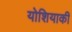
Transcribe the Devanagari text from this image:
योशियाकी